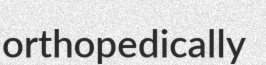
orthopedically